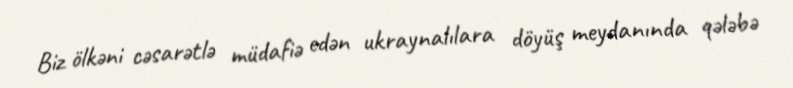
Biz ölkəni cəsarətlə müdafiə edən ukraynalılara döyüş meydanında qələbə